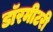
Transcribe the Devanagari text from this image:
डॉरमीटरी